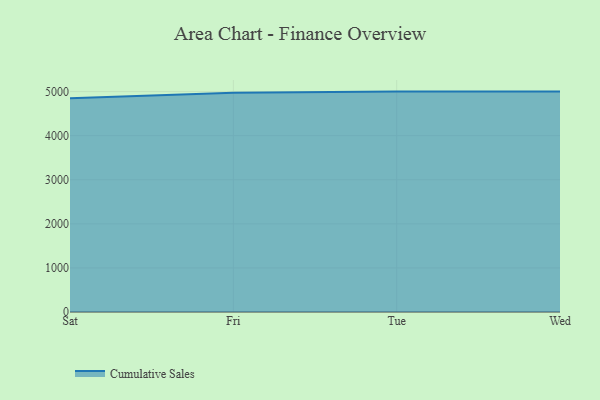
{"axis": {"x": "Day", "y": "Headcount"}, "legend": ["Cumulative Sales"], "data": [{"x": "Sat", "y": 4848.8, "type": "Cumulative Sales"}, {"x": "Fri", "y": 4973.6, "type": "Cumulative Sales"}, {"x": "Tue", "y": 5000, "type": "Cumulative Sales"}, {"x": "Wed", "y": 5000, "type": "Cumulative Sales"}]}